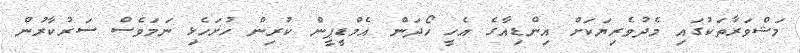
މަޝްވަރާތަކުގައި މެދުވެރިޔަކަށް އިންޑިއާގެ އެހީ ހޯދަން އެމްޑީޕީން ކުރިން ހުށަހެޅި ނަމަވެސް ސަރުކާރުން